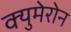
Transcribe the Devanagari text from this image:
क्युमेरोन